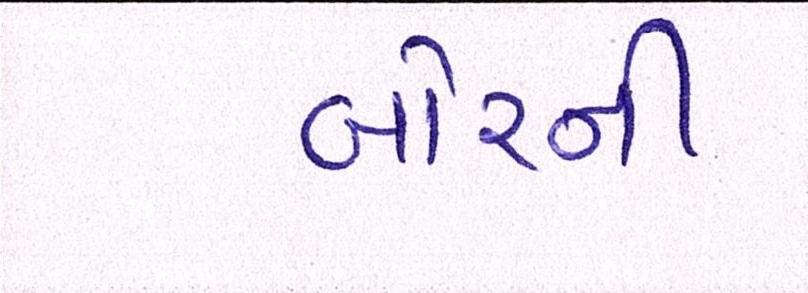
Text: બોરની